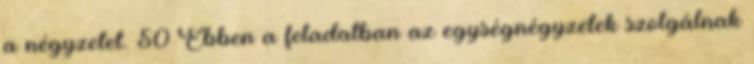
a négyzetet. 50 Ebben a feladatban az egységnégyzetek szolgálnak